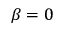
\beta = 0